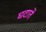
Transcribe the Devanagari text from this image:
घटातें